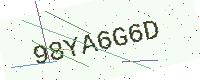
Text: 98YA6G6D